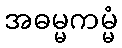
အဓမ္မကမ္မံ